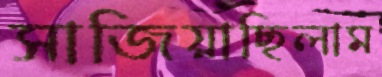
সাজিয়াছিলাম